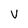
Character: v